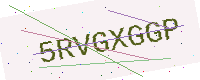
Text: 5RVGXGGP